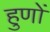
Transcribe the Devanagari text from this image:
हुणों